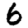
Digit: 6